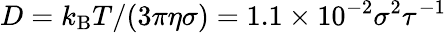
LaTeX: D=k_{\mathrm{B}}T/(3\pi\eta\sigma)=1.1\times 10^{-2}\sigma^{2}\tau^{-1}